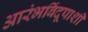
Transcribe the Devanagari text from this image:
आरंभबिंदूपाशी